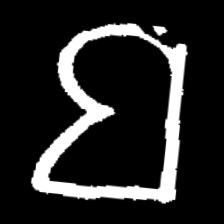
Pyu character \u2014 Myanmar letter: ဗ (romanized: ba)